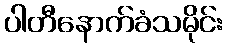
ပါတီနောက်ခံသမိုင်း